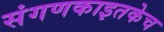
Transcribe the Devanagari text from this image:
संगणकाइतकेच